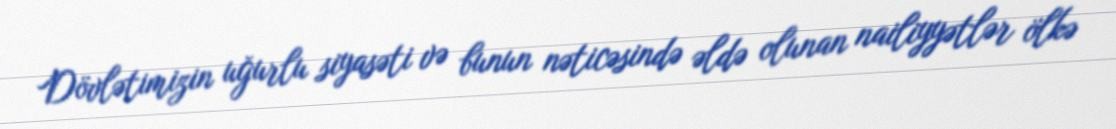
Dövlətimizin uğurlu siyasəti və bunun nəticəsində əldə olunan nailiyyətlər ölkə